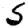
Digit: 5